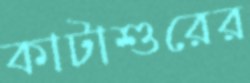
কাটাশুরের